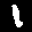
Label: 1